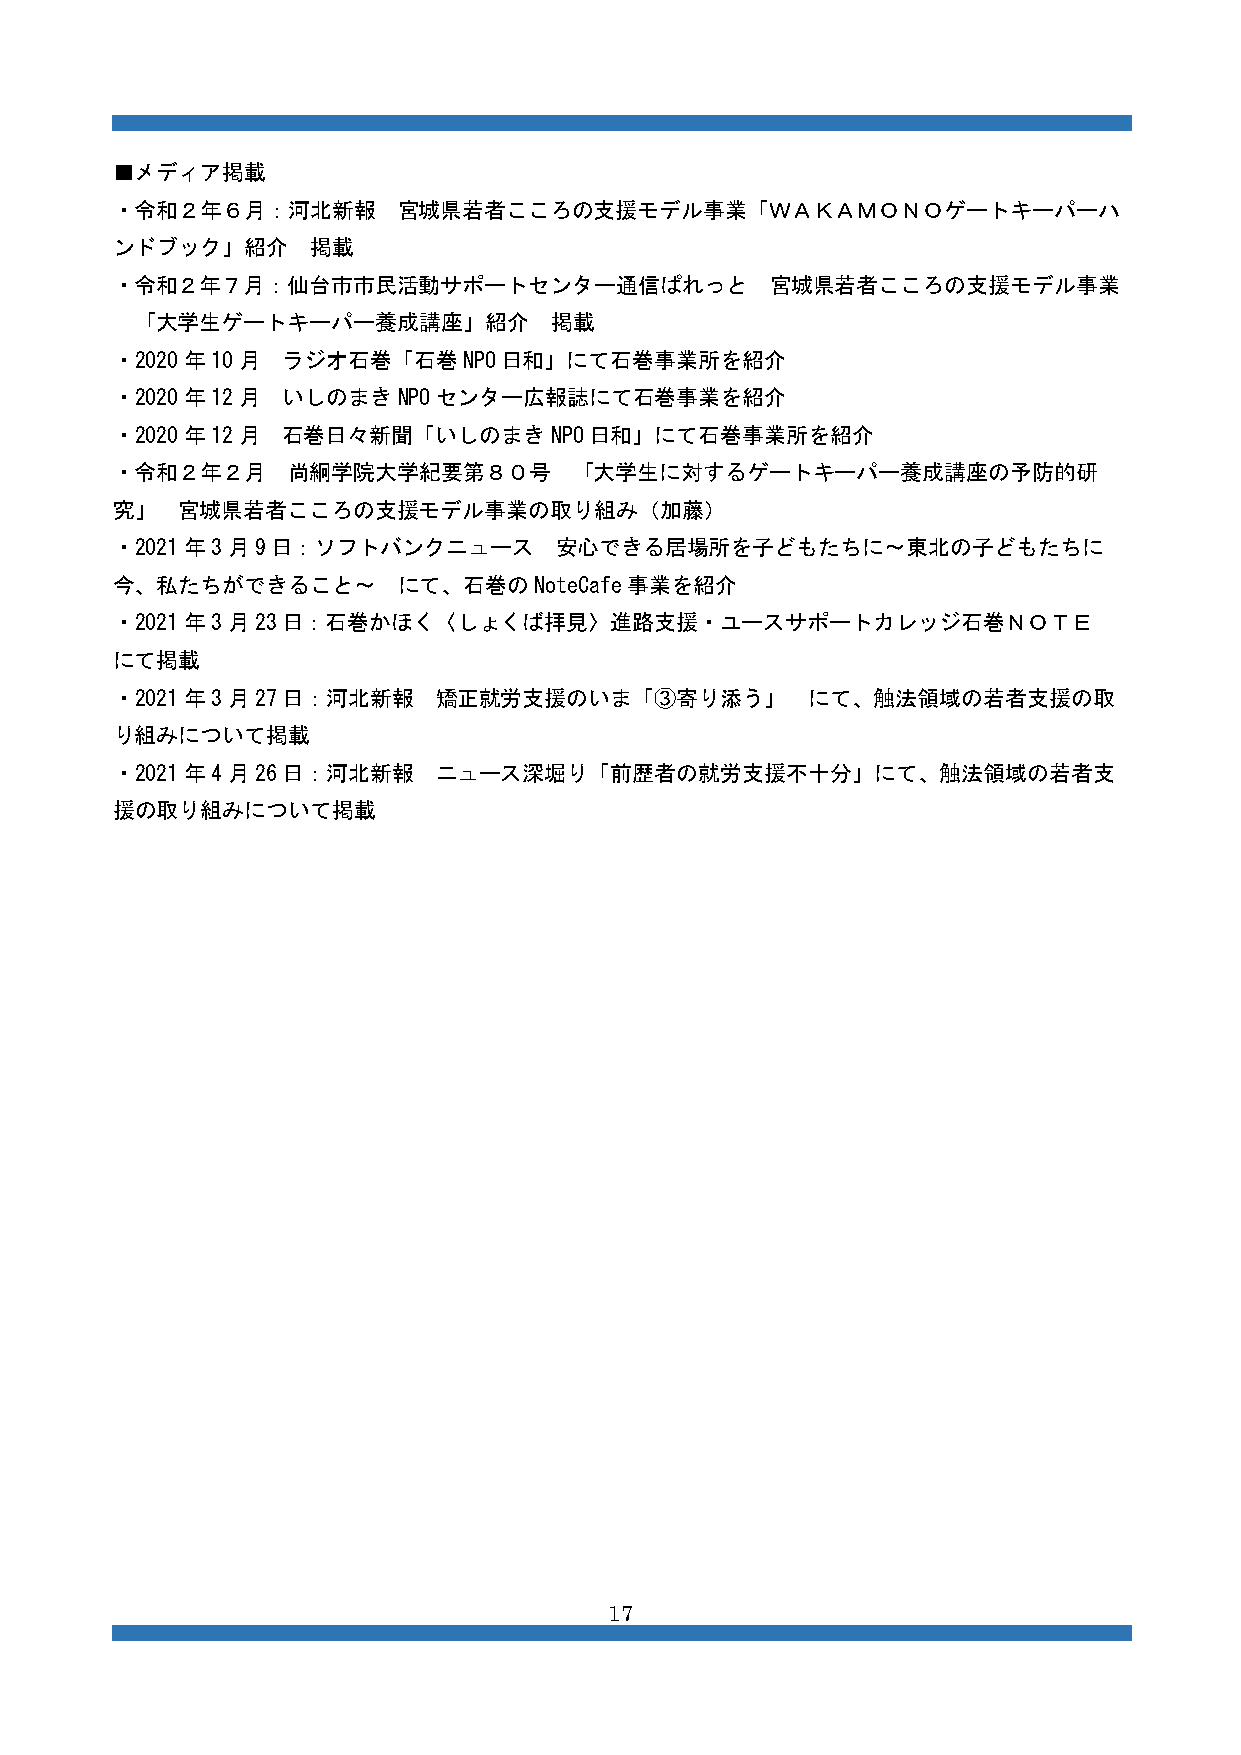
■メディア掲載
 ・令和２年６月：河北新報       宮城県若者こころの支援モデル事業「ＷＡＫＡＭＯＮＯゲートキーパーハ
 ンドブック」紹介     掲載
 ・令和２年７月：仙台市市民活動サポートセンター通信ぱれっと               宮城県若者こころの支援モデル事業
 「大学生ゲートキーパー養成講座」紹介         掲載
 ・2020年10月   ラジオ石巻「石巻NPO日和」にて石巻事業所を紹介
 ・2020年12月   いしのまきNPOセンター広報誌にて石巻事業を紹介
 ・2020年12月   石巻日々新聞「いしのまきNPO日和」にて石巻事業所を紹介
 ・令和２年２月     尚絅学院大学紀要第８０号       「大学生に対するゲートキーパー養成講座の予防的研
 究」   宮城県若者こころの支援モデル事業の取り組み（加藤）
 ・2021年3月9日：ソフトバンクニュース         安心できる居場所を子どもたちに〜東北の子どもたちに
 今、私たちができること〜       にて、石巻のNoteCafe事業を紹介
 ・2021年3月23日：石巻かほく〈しょくば拝見〉進路支援・ユースサポートカレッジ石巻ＮＯＴＥ
 にて掲載
 ・2021年3月27日：河北新報      矯正就労支援のいま「③寄り添う」        にて、触法領域の若者支援の取
 り組みについて掲載
 ・2021年4月26日：河北新報      ニュース深堀り「前歴者の就労支援不十分」にて、触法領域の若者支
 援の取り組みについて掲載
 17